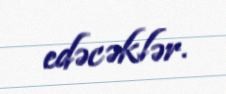
edəcəklər.